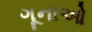
ગૂનાઓ